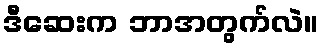
ဒီဆေးက ဘာအတွက်လဲ။